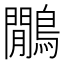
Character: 鷳